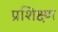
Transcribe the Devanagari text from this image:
प्रशिक्ष्ण